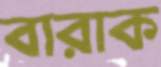
বারাক